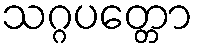
သဂ္ဂပတ္တော